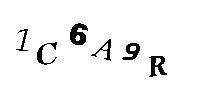
1C6A9R